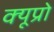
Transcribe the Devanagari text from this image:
क्यूप्रो